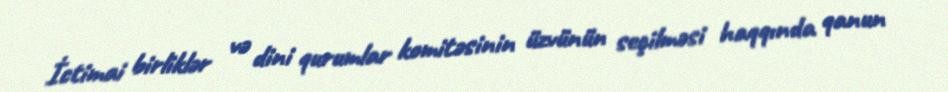
İctimai birliklər və dini qurumlar komitəsinin üzvünün seçilməsi haqqında qanun